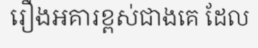
រឿងអគារខ្ពស់ជាងគេ ដែល